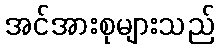
အင်အားစုများသည်